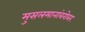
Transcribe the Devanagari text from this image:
मुसलमानांबरोबर